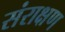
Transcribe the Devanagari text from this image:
संराक्षण